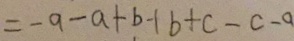
= - a - a + b - 1 b + c - c - a